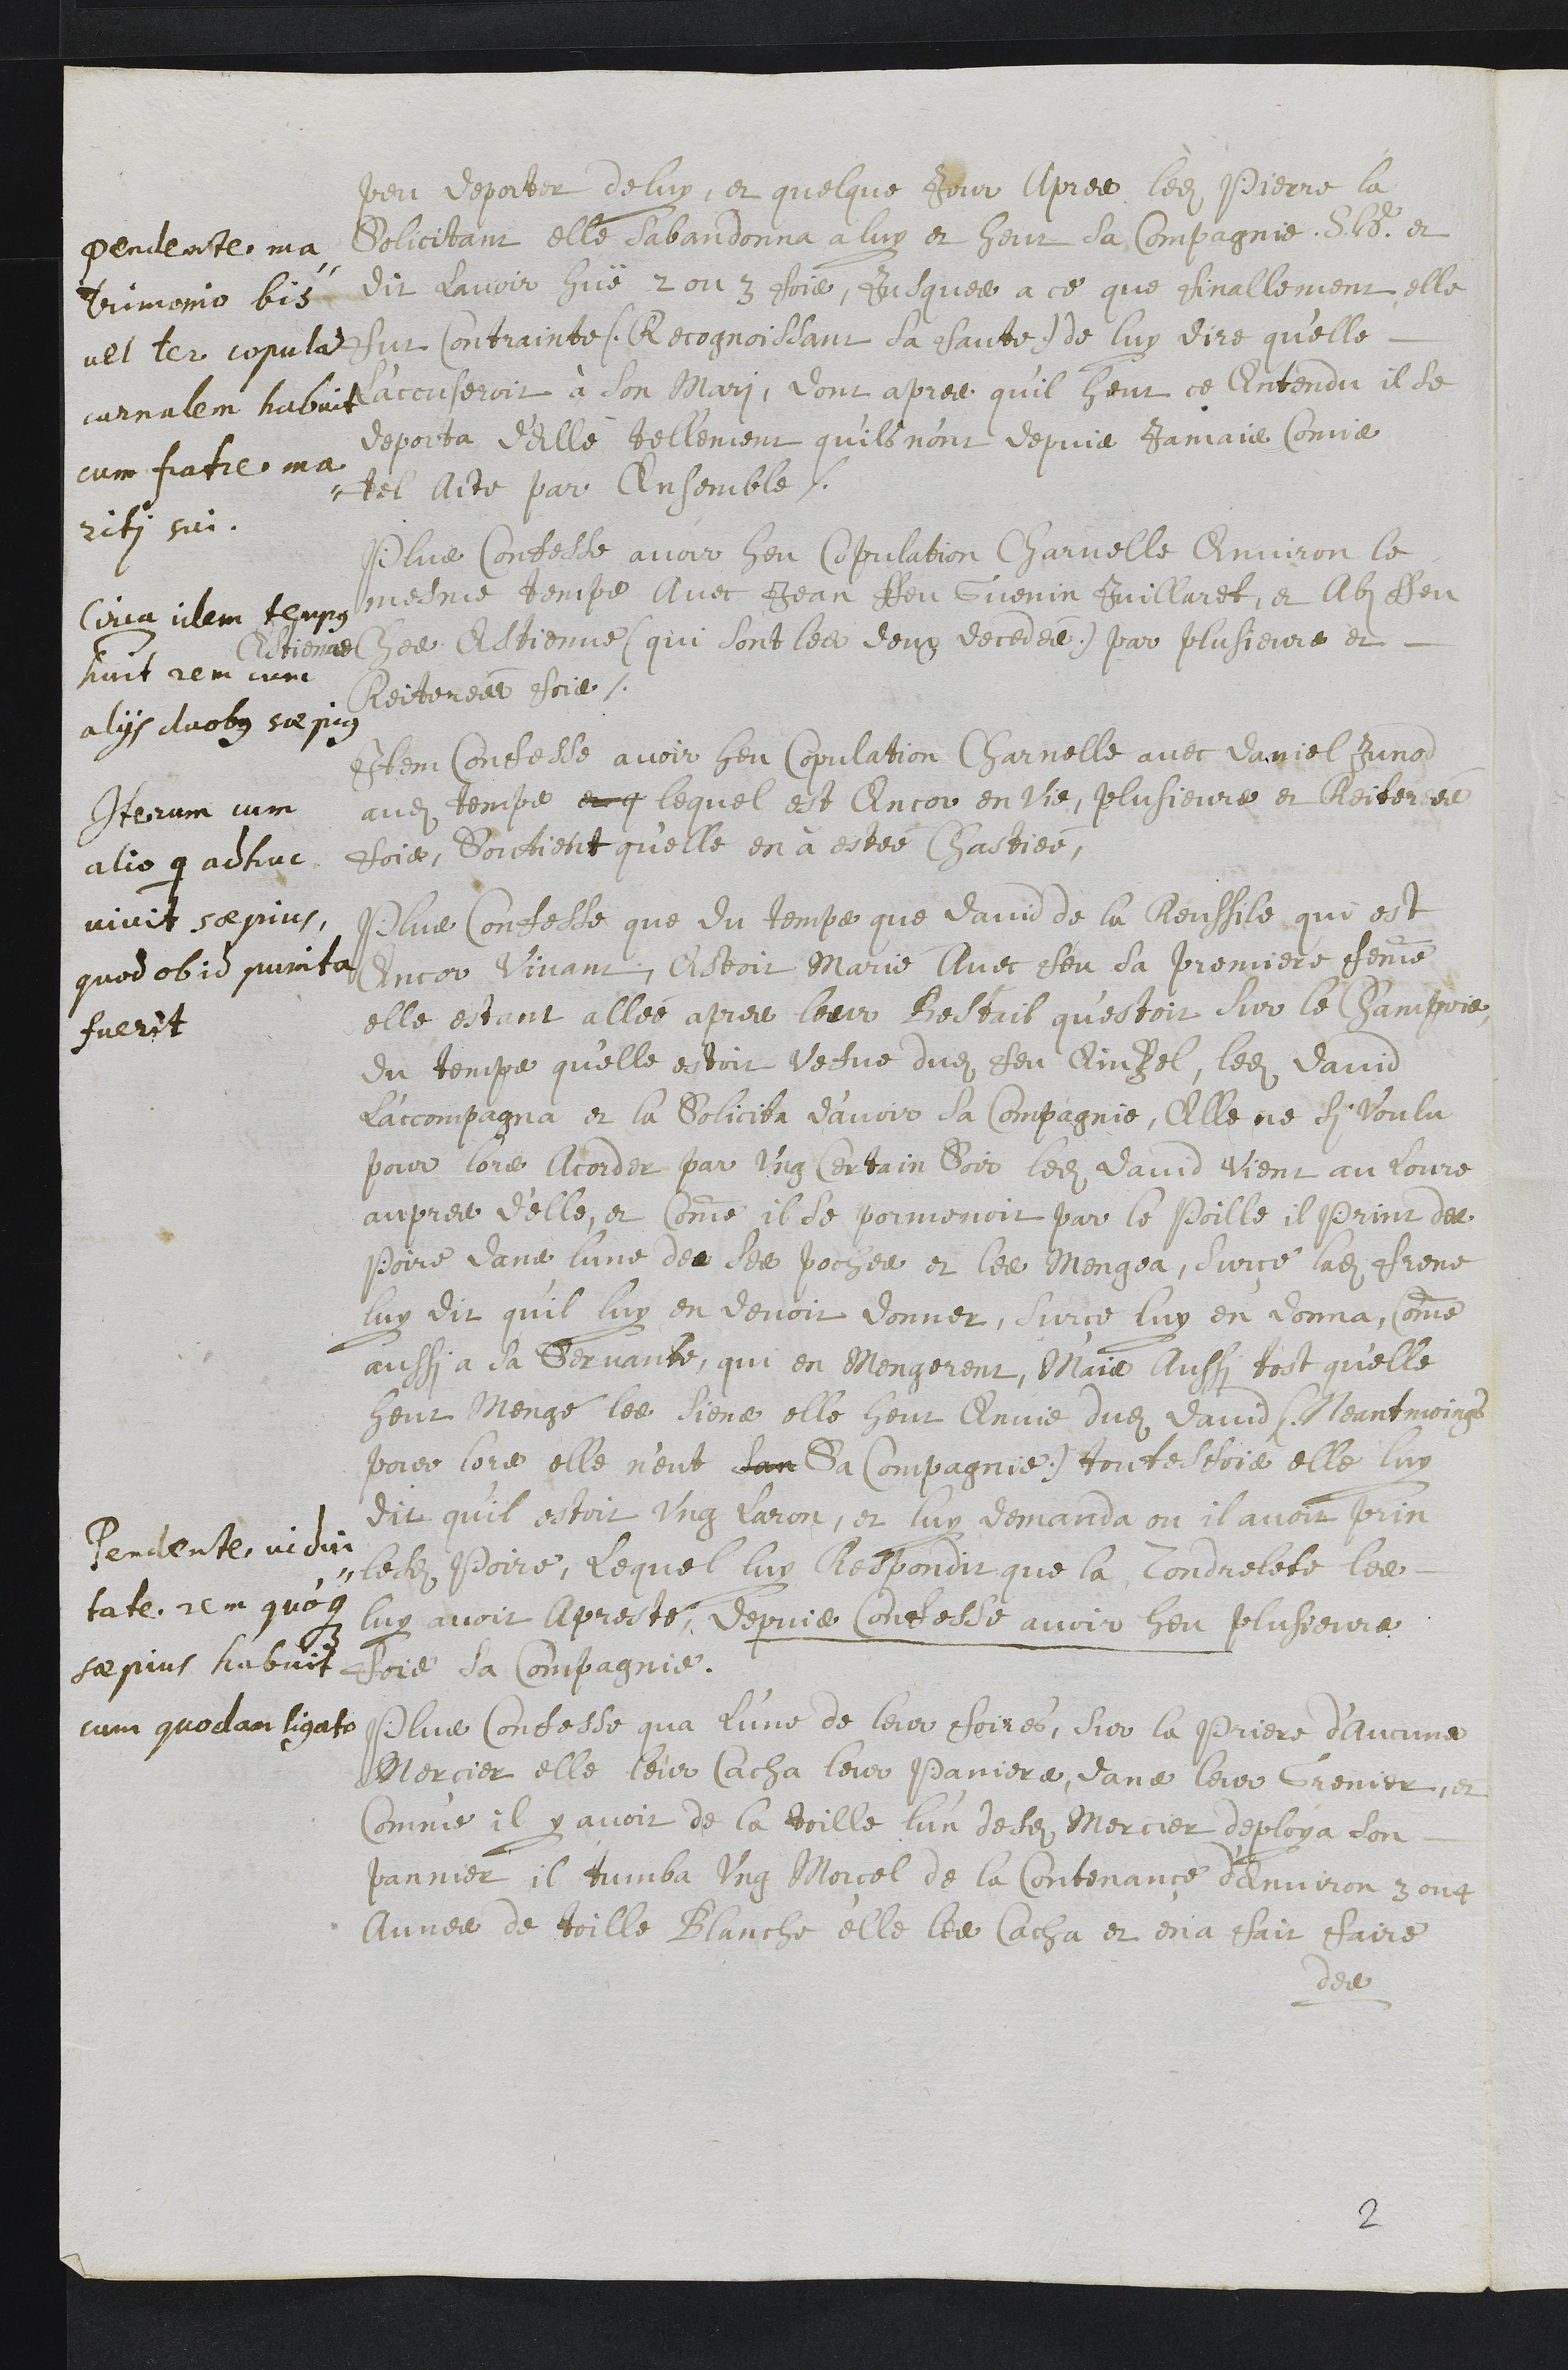
pendente, ma
Trimono bien
vel ter copulat
curnalem habvit
cum fiatie ma-
rifi sui-
peu depoier deluy, et quelque jour Apres ledit Pierre la
Solicitant elle sabandonna a luy et heut la compagnie dudt et
dit l’avoir que 2 ou 3 fois Jusquel a ce que finallement elle
sur Contrainte, Rrecognoislant da saute de luy dire qu’elle
Raccuseroit à son Mari, dont apres qu’il heur ce lintendu il de
deposta d’Elle tellement quils nont depuia Jamais Commie
tel iite par Ensemble.
Corra illem temps
nuit remcune
alyis duobg su pis
qlue Confeisle avoir heu copiclation Charnelle environ le
mesme tempe avec Jean fou Guenin Juillaret, et libi assoit
Catienner ses catienne, qui sont ledit leug decedee par plusieurs et
Aeiteneur escie.
Iterum jum
alio 9 adhuc
vivit sepuis
quod ob ie purita
fuerit
Item Confesse avoir heu copulation Charnelle avec juniel Juno
audit temps enq lequel est ancor en lie plusieurs en boiteneu
fois, Sorctient quelle en a estée Chastiee,
Renaente vidu
tate. rein quot
sa pins habvit.
cum quodlan ligato
Plus Confesse que du temps que dairu de la Reuffile qui est
uncor vivant, c’’stoit Marie lvec cheu sa premiere femme
elle estant allée apren louir Reissiit qu'estoit sur le jamppoir
du temps quelle estoit vefve dudit heu Ainzel, ledit Damo
laccompagna et la soliciba d’avoir la compagnie, Elle ne d voulu
pour lors alcordir par ung certain voir ledit David vient au joure
aupres d'elle, et comme il de pormenoit par le soille il serint des
poire dans lune des ss pocyes et les Mengea, sur ce ladite Frene
luy dit quil luy en davoir donner, curse luy en donna, comme
aussi a la Servante, qui en Mongerent, Mais aussi tost qu'elle
geur mengé les siena elle heur cnmie dudit David leantmoigg
por lors elle nent san de Compagnie, toutesfois elle luy
dit qu’il estoit ung laron, et luy demanda ou ilaveit pien
ledit Poire, Lequel luy lespondit que la Condretete les
luy avoir aprecté. depuis Contesle avoir heu plusieurs
doie la Compagnie.
Plus Confesse qua l’une de loir choire, sor la Priere d’ihnmine
Mercier elle leur acha leur Pariera dane leri Vrenir et
Comme il y avoir de la toille lun desez Mercier deploya son
pannier il tumba ung Morcel de la Contenance d’Anviron 3 ou
Auver de toille Branche elle les Catha et ena chair ffaire
de
2